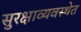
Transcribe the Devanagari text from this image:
सुरक्षाव्यवस्थेत